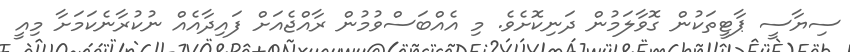
ސިޔާސީ ޕާޓީތަކުން ގޮވާލަމުން ދަނިކޮށެވެ. މި އެއްބަސްވުމުން ރާއްޖެއަށް ފައިދާއެއް ނުކުރާނެކަމަށާ މިއީ